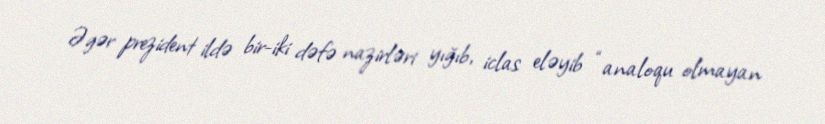
Əgər prezident ildə bir-iki dəfə nazirləri yığıb, iclas eləyib “analoqu olmayan